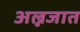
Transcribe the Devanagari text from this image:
अल्नजात